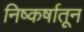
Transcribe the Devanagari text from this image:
निष्कर्षातून